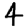
Digit: 4